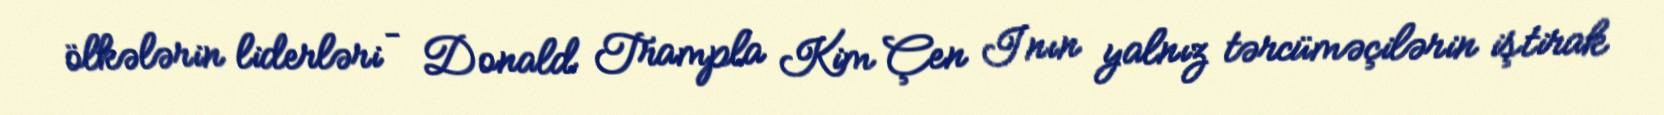
ölkələrin liderləri – Donald Trampla Kim Çen Inın yalnız tərcüməçilərin iştirak